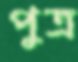
পুত্র